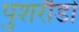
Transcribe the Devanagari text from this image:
पुशरौडों